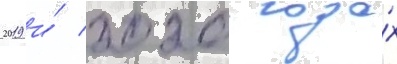
2019 и́ 2020 года́х